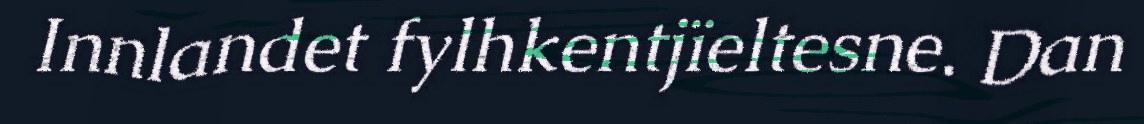
Innlandet fylhkentjïeltesne. Dan